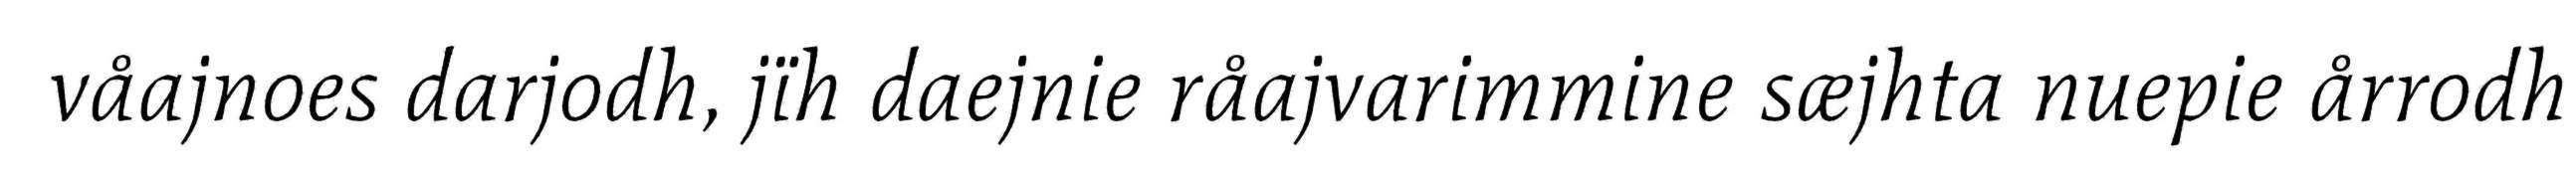
våajnoes darjodh, jïh daejnie råajvarimmine sæjhta nuepie årrodh